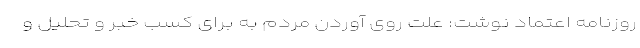
روزنامه اعتماد نوشت: علت روی آوردن مردم به برای کسب خبر و تحلیل و